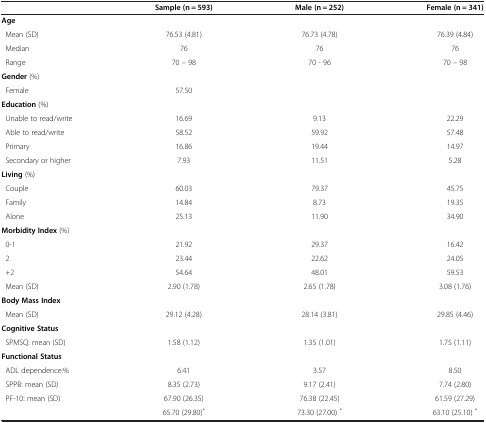
<table><thead><tr><td><b> </b></td><td><b>Sample (n = 593)</b></td><td><b>Male (n = 252)</b></td><td><b>Female (n = 341)</b></td></tr></thead><tbody><tr><td colspan="4"><b>Age</b></td></tr><tr><td> Mean (SD)</td><td>76.53 (4.81)</td><td>76.73 (4.78)</td><td>76.39 (4.84)</td></tr><tr><td> Median</td><td>76</td><td>76</td><td>76</td></tr><tr><td> Range</td><td>70 – 98</td><td>70 - 96</td><td>70 – 98</td></tr><tr><td colspan="4"><b>Gender</b> (%)</td></tr><tr><td> Female</td><td>57.50</td><td> </td><td> </td></tr><tr><td colspan="4"><b>Education</b> (%)</td></tr><tr><td> Unable to read/write</td><td>16.69</td><td>9.13</td><td>22.29</td></tr><tr><td> Able to read/write</td><td>58.52</td><td>59.92</td><td>57.48</td></tr><tr><td> Primary</td><td>16.86</td><td>19.44</td><td>14.97</td></tr><tr><td> Secondary or higher</td><td>7.93</td><td>11.51</td><td>5.28</td></tr><tr><td colspan="4"><b>Living</b> (%)</td></tr><tr><td> Couple</td><td>60.03</td><td>79.37</td><td>45.75</td></tr><tr><td> Family</td><td>14.84</td><td>8.73</td><td>19.35</td></tr><tr><td> Alone</td><td>25.13</td><td>11.90</td><td>34.90</td></tr><tr><td colspan="4"><b>Morbidity Index</b> (%)</td></tr><tr><td> 0-1</td><td>21.92</td><td>29.37</td><td>16.42</td></tr><tr><td> 2</td><td>23.44</td><td>22.62</td><td>24.05</td></tr><tr><td> +2</td><td>54.64</td><td>48.01</td><td>59.53</td></tr><tr><td> Mean (SD)</td><td>2.90 (1.78)</td><td>2.65 (1.78)</td><td>3.08 (1.76)</td></tr><tr><td colspan="4"><b>Body Mass Index</b></td></tr><tr><td> Mean (SD)</td><td>29.12 (4.28)</td><td>28.14 (3.81)</td><td>29.85 (4.46)</td></tr><tr><td colspan="4"><b>Cognitive Status</b></td></tr><tr><td> SPMSQ: mean (SD)</td><td>1.58 (1.12)</td><td>1.35 (1.01)</td><td>1.75 (1.11)</td></tr><tr><td colspan="4"><b>Functional Status</b></td></tr><tr><td> ADL dependence:%</td><td>6.41</td><td>3.57</td><td>8.50</td></tr><tr><td> SPPB: mean (SD)</td><td>8.35 (2.73)</td><td>9.17 (2.41)</td><td>7.74 (2.80)</td></tr><tr><td> PF-10: mean (SD)</td><td>67.90 (26.35)</td><td>76.38 (22.45)</td><td>61.59 (27.29)</td></tr><tr><td> </td><td>65.70 (29.80)<sup>*</sup></td><td>73.30 (27.00) <sup>*</sup></td><td>63.10 (25.10) <sup>*</sup></td></tr></tbody></table>